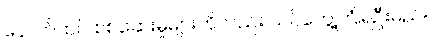
နောက်ထပ် စစ်ဆေးမှုများကိုလည်း သင်တွေ့ကြုံရဦးမည်။